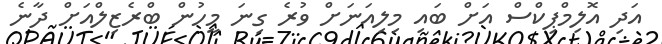
އަދި އޮލިމްޕިކްސް އަށް ބައި މިލިއަނަށް ވުރެ ގިނަ މީހުން ބްރެޒިލްއަށް ދާނެ